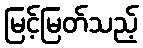
မြင့်မြတ်သည့်